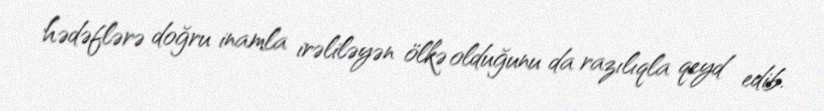
hədəflərə doğru inamla irəliləyən ölkə olduğunu da razılıqla qeyd edib.